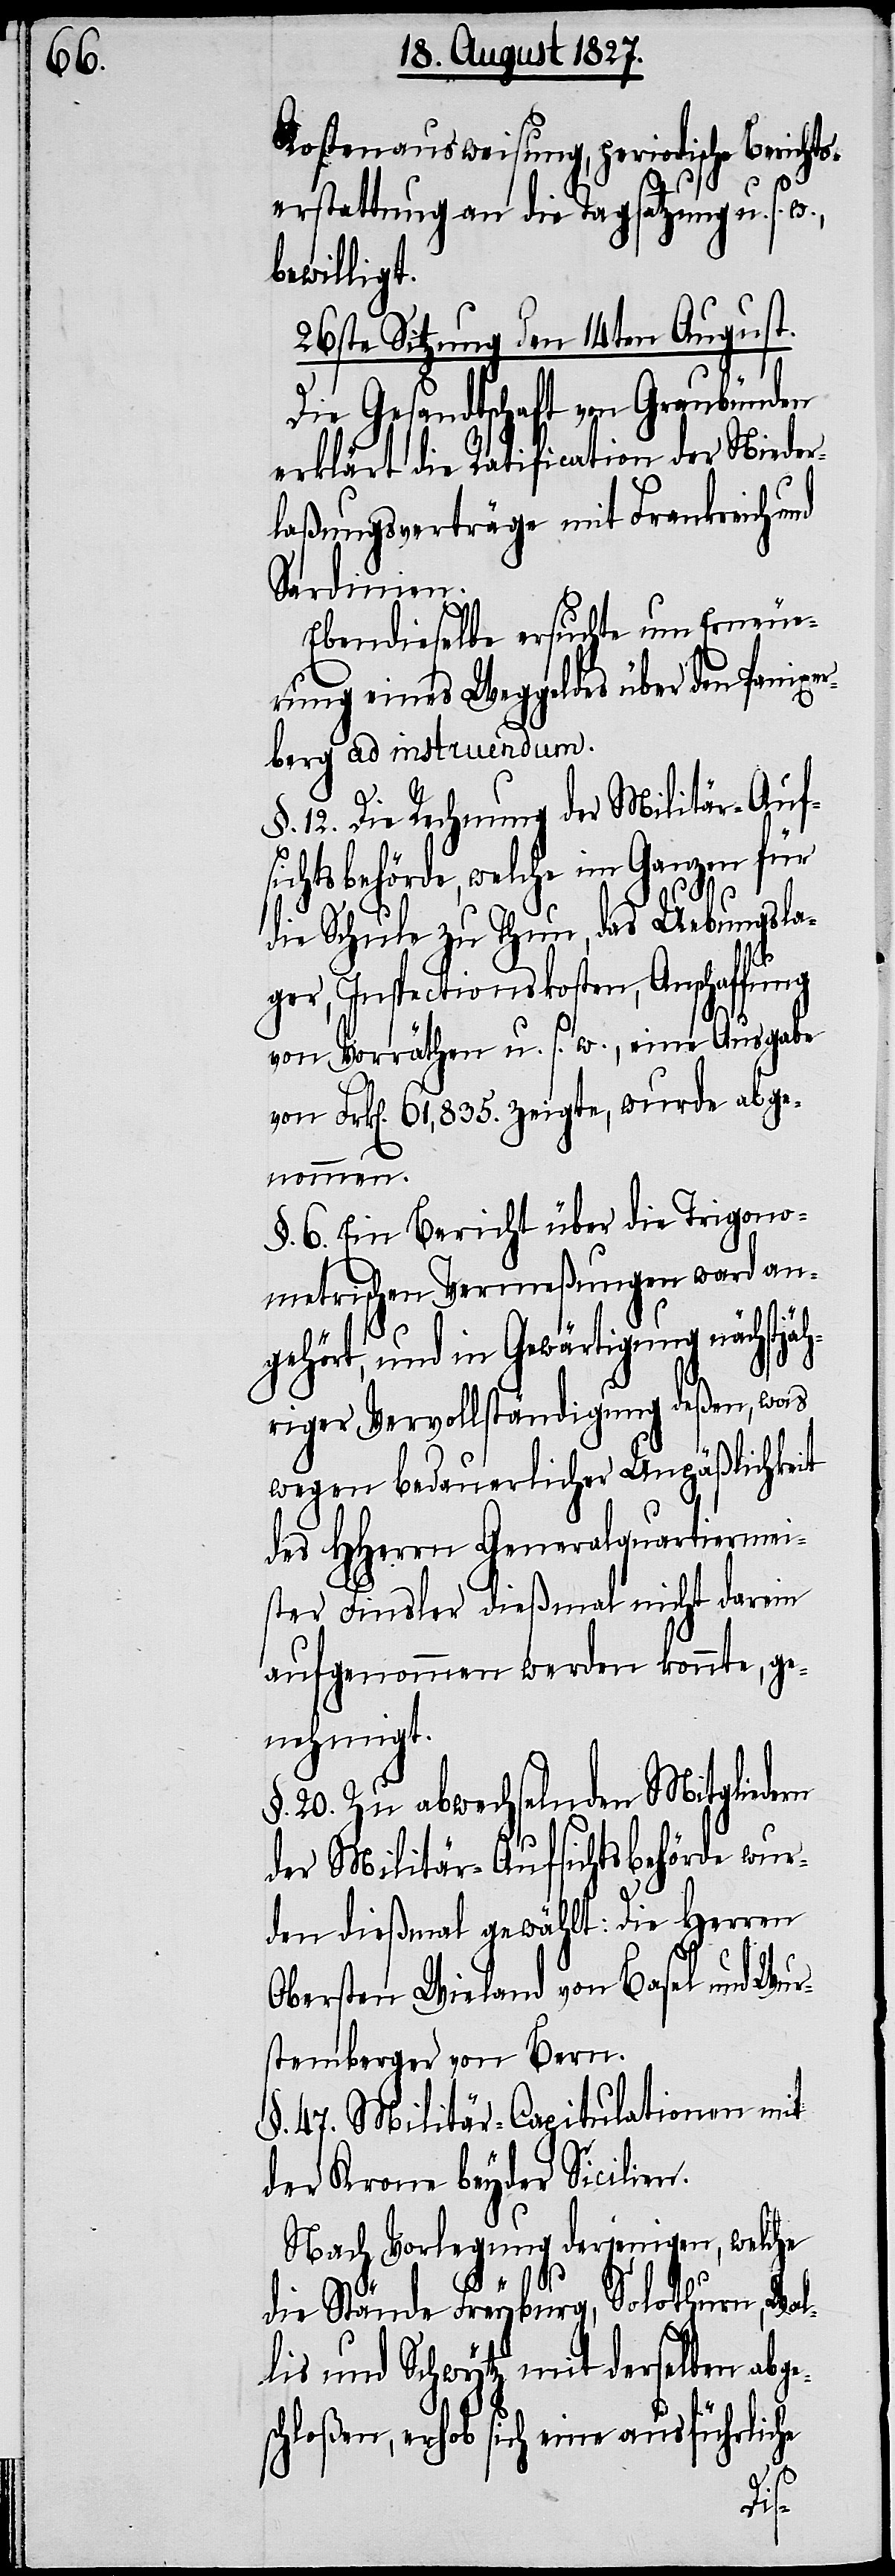
Kostenausweisung, periodische Berichts¬
erstattung an die Tagsatzung u. s.
bewilligt.
26ste Sitzung den 14ten August.
Die Gesandtschaft von Graubünden
erklärt die Ratification der Nieder¬
laßungsverträge mit Frankreich und
Sardinien.
Ebendieselbe ersuchte um Erneue¬
rung eines Weggeldes über den Panixer¬
berg ad instruendum.
§. 12. Die Rechnung der Militär-Aufs¬
ichtsbehörde, welche im Ganzen für
die Schule zu Thun, das Uebungsla¬
ger, Inspectionskosten, Anschaffung
von Vorräthen u. s. w., eine Ausgabe
von Frk[en]. 61,835. zeigte, wurde abge¬
nommen.
§. 6. Ein Bericht über die Trigono¬
metrischen Vermeßungen ward an¬
gehört, und in Gewärtigung nächstjäh¬
riger Vervollständigung deßen, was
wegen bedauerlicher Unpäßlichkeit
des HHerrn Generalquartiermei¬
ster Finsler dießmal nicht darin
aufgenommen werden konnte, ge¬
nehmigt.
§. 20. Zu abwechselnden Mitgliedern
der Militär-Aufsichtsbehörde wur¬
den dießmahl gewählt: die Herren
Obersten Wieland von Basel und Wur¬
stemberger von Bern.
§. 47. Militär-Capitulationen mit
der Krone beyder Sicilien.
Nach Vorlegung derjenigen, welche
die Stände Freyburg, Solothurn, Wal¬
lis und Schwytz mit derselben abge¬
schloßen, erhob sich eine ausführliche